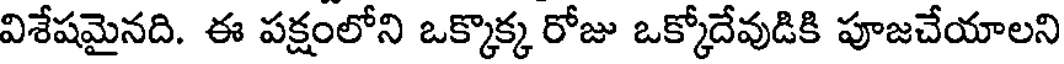
విశేషమైనది. ఈ పక్షంలోని ఒక్కొక్క రోజు ఒక్కోదేవుడికి పూజచేయాలని